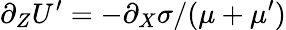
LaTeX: \partial_{Z}U^{\prime}=-\partial_{X}\sigma/(\mu+\mu^{\prime})